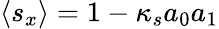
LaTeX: \left\langle s_{x}\right\rangle=1-\kappa_{s}a_{0}a_{1}